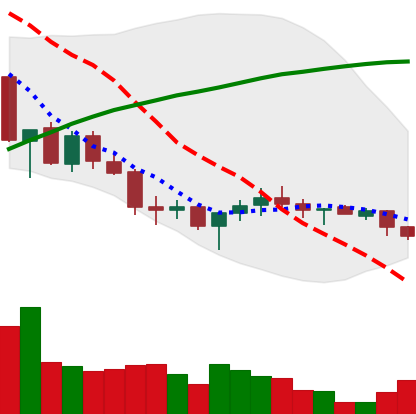
Ticker: XMR-USD
Chart end date: 2018-03-27
Forward return: -6.61%
Label: down_5_7